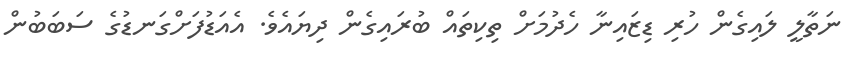
ނަތާލީ ލައިގެން ހުރި ޑިޒައިނާ ހެދުމަށް ތިކިތައް ބުރައިގެން ދިޔައެވެ. އެއަޑުފަށްގަނޑުގެ ސަބަބުން